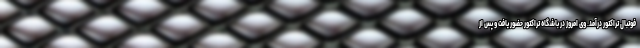
فوتبال تراکتور درآمد. وی امروز در باشگاه تراکتور حضور یافت و پس از